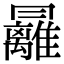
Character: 㒿